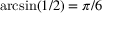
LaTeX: \arcsin ( 1 / 2 ) = \pi / 6